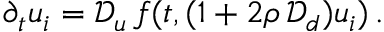
\begin{array} { r } { \partial _ { t } u _ { i } = \mathcal { D } _ { u } \, f ( t , ( 1 + 2 \rho \, \mathcal { D } _ { d } ) u _ { i } ) \, . } \end{array}